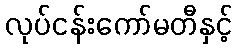
လုပ်ငန်းကော်မတီနှင့်